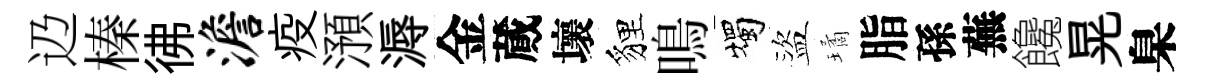
辸榛彿澹疫澦溽金蕆壞貍鳴燭盜璚脂孫蕪饞晃臬